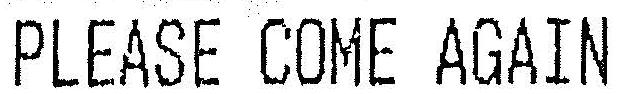
PLEASE COME AGAIN